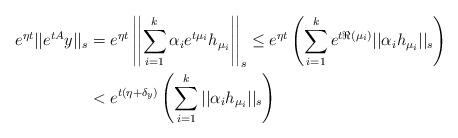
LaTeX: \begin{align*}e^{\eta t}||e^{tA}y||_s &=e^{\eta t}\left|\left|\sum_{i=1}^k\alpha_ie^{t\mu_i}h_{\mu_i}\right|\right|_s\le e^{\eta t} \left(\sum_{i=1}^ke^{t\Re(\mu_i)}||\alpha_ih_{\mu_i}||_s\right)\\& < e^{t(\eta+\delta_y)}\left(\sum_{i=1}^k||\alpha_i h_{\mu_i}||_s\right)\end{align*}